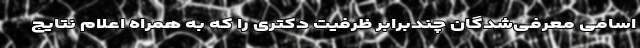
اسامی معرفی‌شدگان چندبرابر ظرفیت دکتری را که به همراه اعلام نتایج